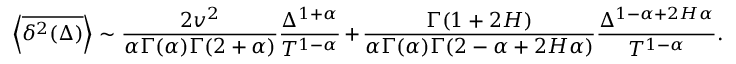
\left< \overline { { \delta ^ { 2 } ( \Delta ) } } \right> \sim \frac { 2 v ^ { 2 } } { \alpha \Gamma ( \alpha ) \Gamma ( 2 + \alpha ) } \frac { \Delta ^ { 1 + \alpha } } { T ^ { 1 - \alpha } } + \frac { \Gamma ( 1 + 2 H ) } { \alpha \Gamma ( \alpha ) \Gamma ( 2 - \alpha + 2 H \alpha ) } \frac { \Delta ^ { 1 - \alpha + 2 H \alpha } } { T ^ { 1 - \alpha } } .